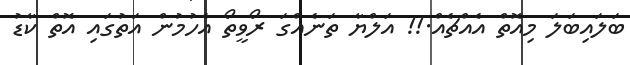
ބަލައިބަލަ މިއޮތް އެއްޗެއް.!! އަލްޔާ ތަނެއްގަ ރޯވީތޯ އެހުމުން އަތުގައި އޮތް ކާޑު